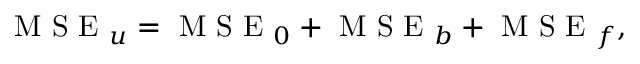
\mathrm { ~ M ~ S ~ E ~ } _ { u } = \mathrm { ~ M ~ S ~ E ~ } _ { 0 } + \mathrm { ~ M ~ S ~ E ~ } _ { b } + \mathrm { ~ M ~ S ~ E ~ } _ { f } ,